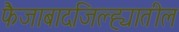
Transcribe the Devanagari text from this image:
फैजाबादजिल्ह्यातील